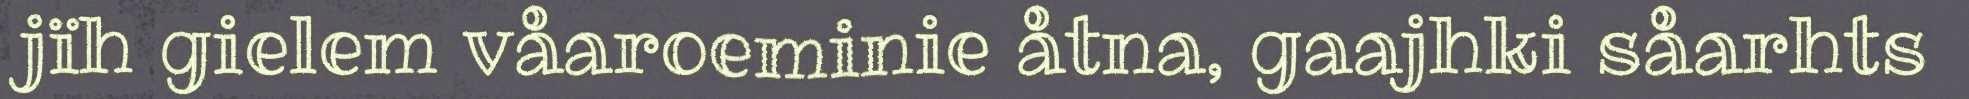
jïh gielem våaroeminie åtna, gaajhki såarhts